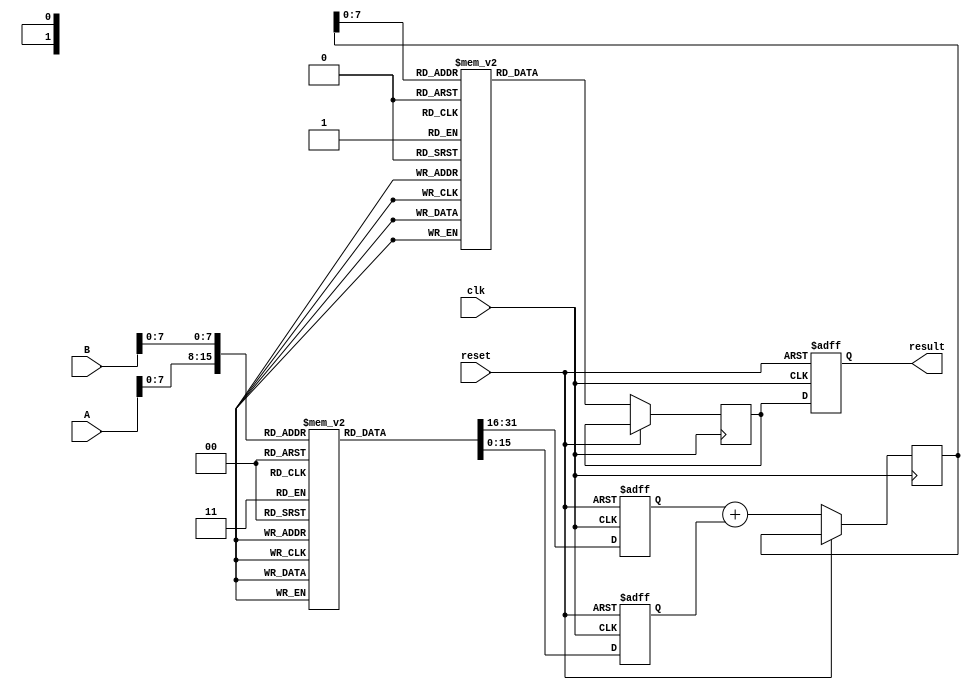
module LogarithmicMultiplier (
    input [15:0] A, // Input operand A
    input [15:0] B, // Input operand B
    output reg [31:0] result, // Output result
    input clk, // Clock signal
    input reset // Reset signal
);

    // Logarithm and Exponential LUTs (for demonstration purposes)
    reg [15:0] log_lut [0:255]; // Logarithm LUT
    reg [31:0] exp_lut [0:255]; // Exponential LUT

    // Initialize LUTs (this should be done in a separate initialization block)
    initial begin
        // Populate log_lut with precomputed logarithm values (base 2)
        // Example values, should be replaced with actual logarithm values
        log_lut[0] = 16'hFFFF; // log(0) is undefined
        log_lut[1] = 16'h0000; // log(1) = 0
        // Fill in other values...
        
        // Populate exp_lut with precomputed exponential values (base 2)
        exp_lut[0] = 32'h00000001; // 2^0 = 1
        // Fill in other values...
    end

    // Internal signals
    reg [15:0] logA, logB;
    reg [15:0] logSum;
    reg [31:0] expResult;

    // Logarithm calculation
    always @(posedge clk or posedge reset) begin
        if (reset) begin
            logA <= 16'h0000;
            logB <= 16'h0000;
            result <= 32'h00000000;
        end else begin
            // Assuming A and B are in the range [1, 256]
            logA <= log_lut[A[7:0]]; // Get log(A)
            logB <= log_lut[B[7:0]]; // Get log(B)

            // Addition of logarithmic values
            logSum <= logA + logB;

            // Exponential calculation
            expResult <= exp_lut[logSum[7:0]]; // Get exp(logSum)
            result <= expResult; // Store the result
        end
    end

endmodule